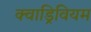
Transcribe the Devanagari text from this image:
क्वाड्रिवियम